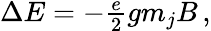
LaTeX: \begin{array}{r}{\Delta E=-\frac{e}{2}gm_{j}B\, ,}\end{array}